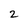
Character: 2